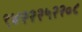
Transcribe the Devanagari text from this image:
९४२२२५२२०८